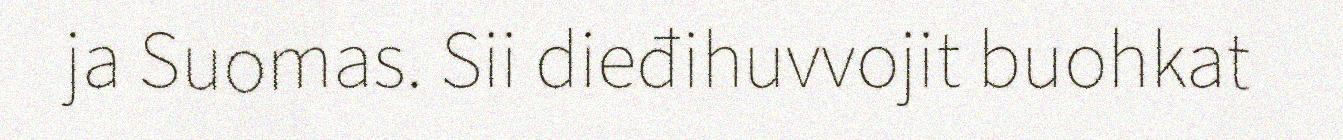
ja Suomas. Sii dieđihuvvojit buohkat